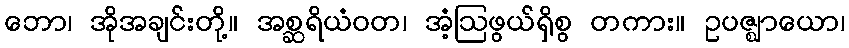
ဘော၊ အိုအချင်းတို့။ အစ္ဆရိယံဝတ၊ အံ့ဩဖွယ်ရှိစွ တကား။ ဥပဇ္ဈာယော၊